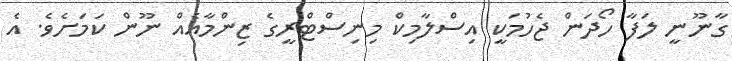
ގާނޫނީ ލަފާ ހޯދަން ޖެހުމަކީ އިސްލާމިކް މިނިސްޓްރީގެ ޒިންމާއެއް ނޫން ކަމަށެވެ. އެ